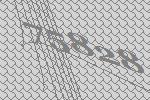
75828